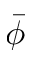
\bar { \phi }